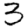
Digit: 3